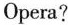
Opera?